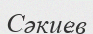
Сәкиев